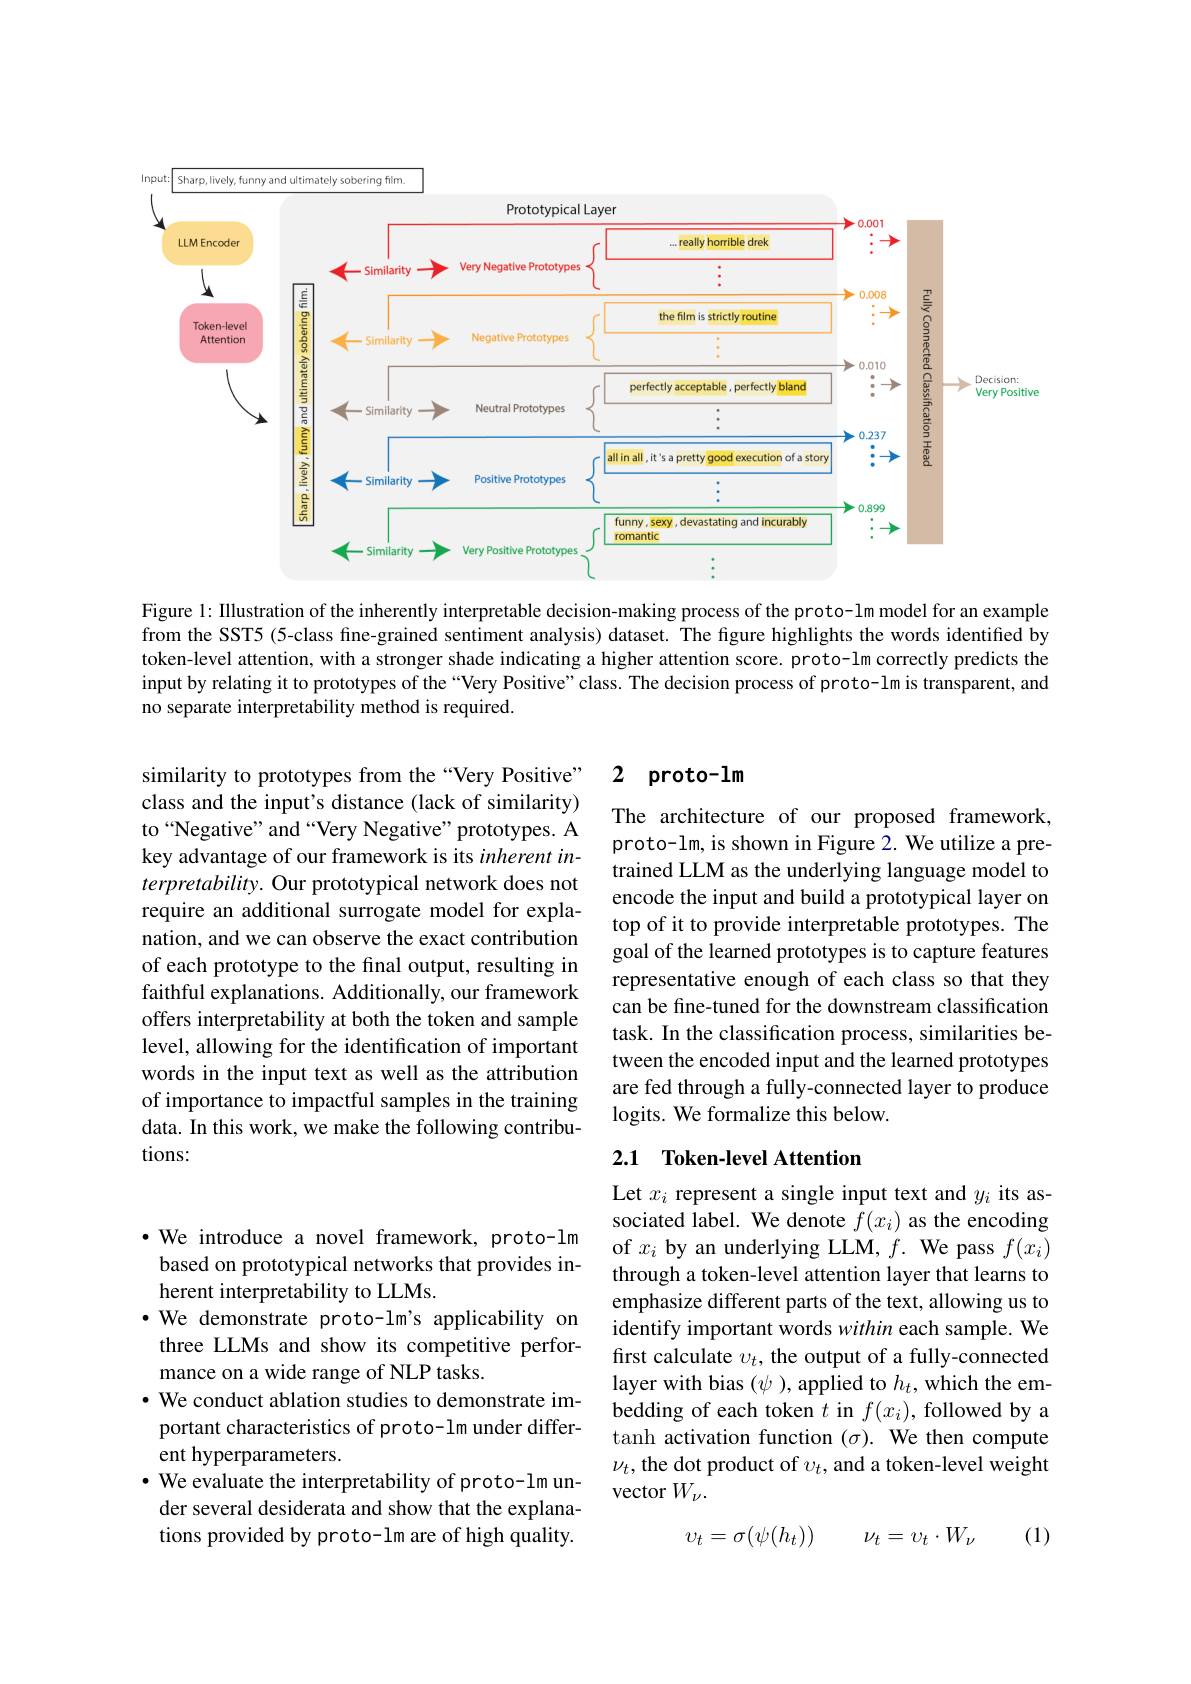
<FigureHere>

Figure 1: Illustration of the inherently interpretable decision-making process of the proto-lm model for an example from the SST5 (5-class fine-grained sentiment analysis) dataset. The figure highlights the words identified by token-level attention, with a stronger shade indicating a higher attention score. proto-lm correctly predicts the input by relating it to prototypes of the “Very Positive" class. The decision process of proto-lm is transparent, and no separate interpretability method is required.

# 2 proto-lm

similarity to prototypes from the“Very Positive” class and the input's distance (lack of similarity) to“Negative”and“Very Negative”prototypes. A key advantage of our framework is its inherent interpretability. Our prototypical network does not require an additional surrogate model for explanation, and we can observe the exact contribution of each prototype to the final output, resulting in faithful explanations. Additionally, our framework offers interpretability at both the token and sample level, allowing for the identification of important words in the input text as well as the attribution of importance to impactful samples in the training data. In this work, we make the following contributions:

The architecture of our proposed framework, proto-lm, is shown in Figure 2. We utilize a pretrained LLM as the underlying language model to encode the input and build a prototypical layer on top of it to provide interpretable prototypes. The goal of the learned prototypes is to capture features representative enough of each class so that they can be fine-tuned for the downstream classification task. In the classification process, similarities between the encoded input and the learned prototypes are fed through a fully-connected layer to produce logits. We formalize this below.

### 2.1 Token-level Attention

Let $x_i$ represent a single input text and $y_i$ its associated label. We denote $f(x_i)$ as the encoding of $x_i$ by an underlying LLM, $f.$ We pass $f(x_i)$ through a token-level attention layer that learns to emphasize different parts of the text, allowing us to identify important words within each sample. We first calculate $v_t$, the output of a fully-connected layer with bias $(\psi)$, applied to $h_t$, which the embedding of each token $t$ in $f(x_i)$, followed by a tanh activation function ($\sigma).$ We then compute $\nu_t$, the dot product of $v_t$, and a token-level weight vector $W_\nu.$

$\cdot$ We introduce a novel framework, proto-lm based on prototypical networks that provides inherent interpretability to LLMs.
·We demonstrate proto-lm's applicability on three LLMs and show its competitive performance on a wide range of NLP tasks.
$\cdot$ We conduct ablation studies to demonstrate important characteristics of proto-lm under different hyperparameters.
· We evaluate the interpretability of proto-lm un-
der several desiderata and show that the explanations provided by proto-lm are of high quality.

(1)
$$v_t=\sigma(\psi(h_t))\quad\nu_t=v_t\cdot W_\nu $$